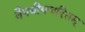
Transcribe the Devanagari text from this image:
नैषधीयचरितम्‌